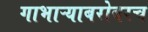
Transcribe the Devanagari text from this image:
गाभाऱ्याबरोबरच